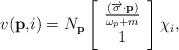
LaTeX: \begin{align*}v(\mathbf{p,}i)=N_{\mathbf{p}}\left[ \begin{array}{c}\frac{(\overrightarrow{\mathbf{\sigma }}\mathbf{\cdot p})}{\omega _{p}+m} \\ 1\end{array}\right] \chi _{i},\end{align*}